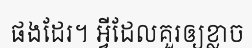
ផងដែរ។ អ្វីដែលគួរឲ្យខ្លាច